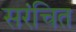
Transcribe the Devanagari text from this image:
सरंचित